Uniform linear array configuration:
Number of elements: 64
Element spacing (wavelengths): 1
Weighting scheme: cosine
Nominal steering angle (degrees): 45
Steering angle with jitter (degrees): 44.365
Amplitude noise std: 0.05
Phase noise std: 0.05

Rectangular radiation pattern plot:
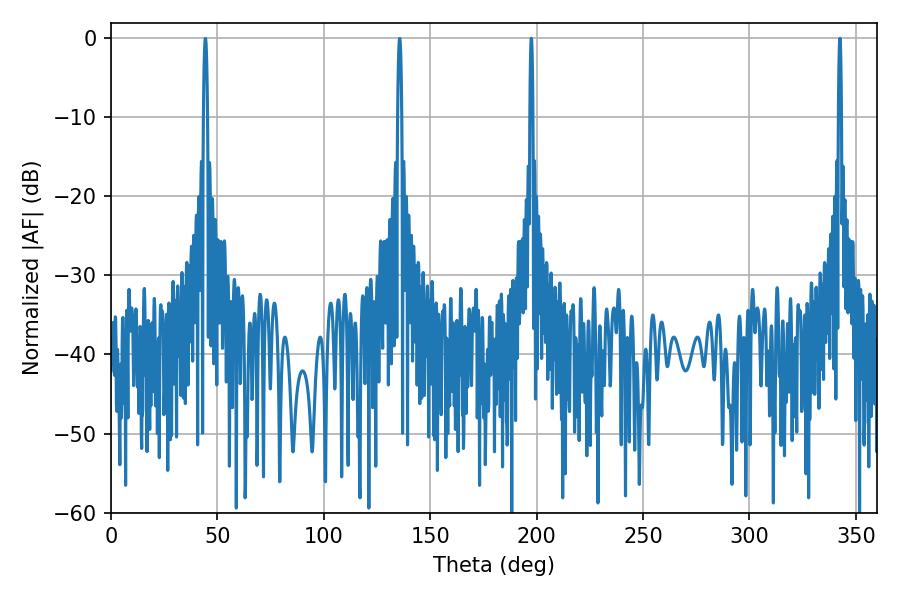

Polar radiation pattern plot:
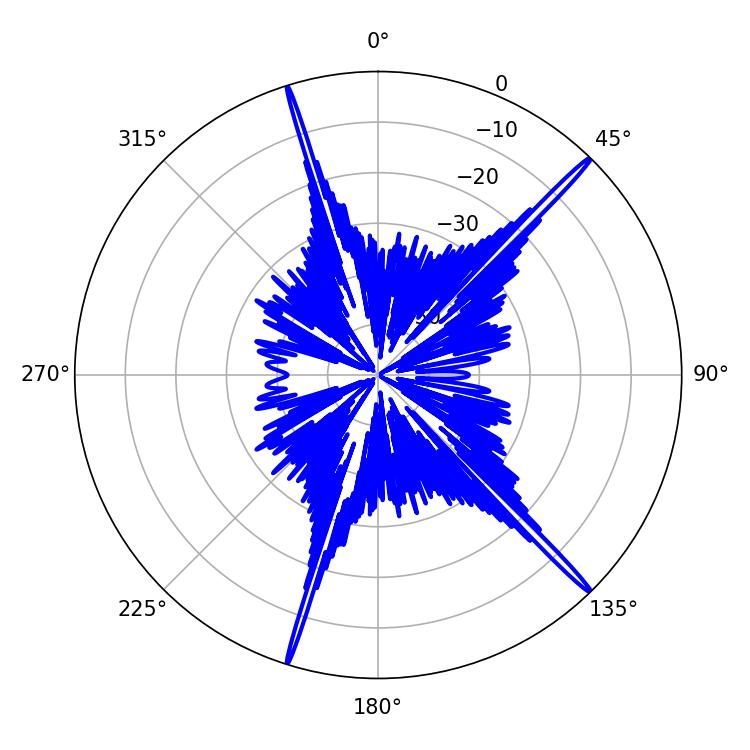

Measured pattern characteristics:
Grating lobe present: TRUE
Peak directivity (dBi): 19.784
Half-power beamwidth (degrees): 0.72
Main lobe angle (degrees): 197.46